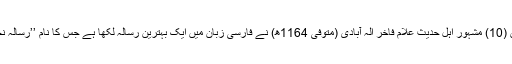
مثلاً بوستان (10) مشہور اہل حدیث علام فاخر الٰہ آبادی (متوفی 1164ھ) نے فارسی زبان میں ایک بہترین رسالہ لکھا ہے جس کا نام ’’رسالہ نجاتیہ‘‘ ہے۔